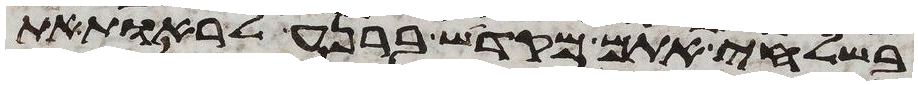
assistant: בשלחי אתם מקדש ברנע לראות את